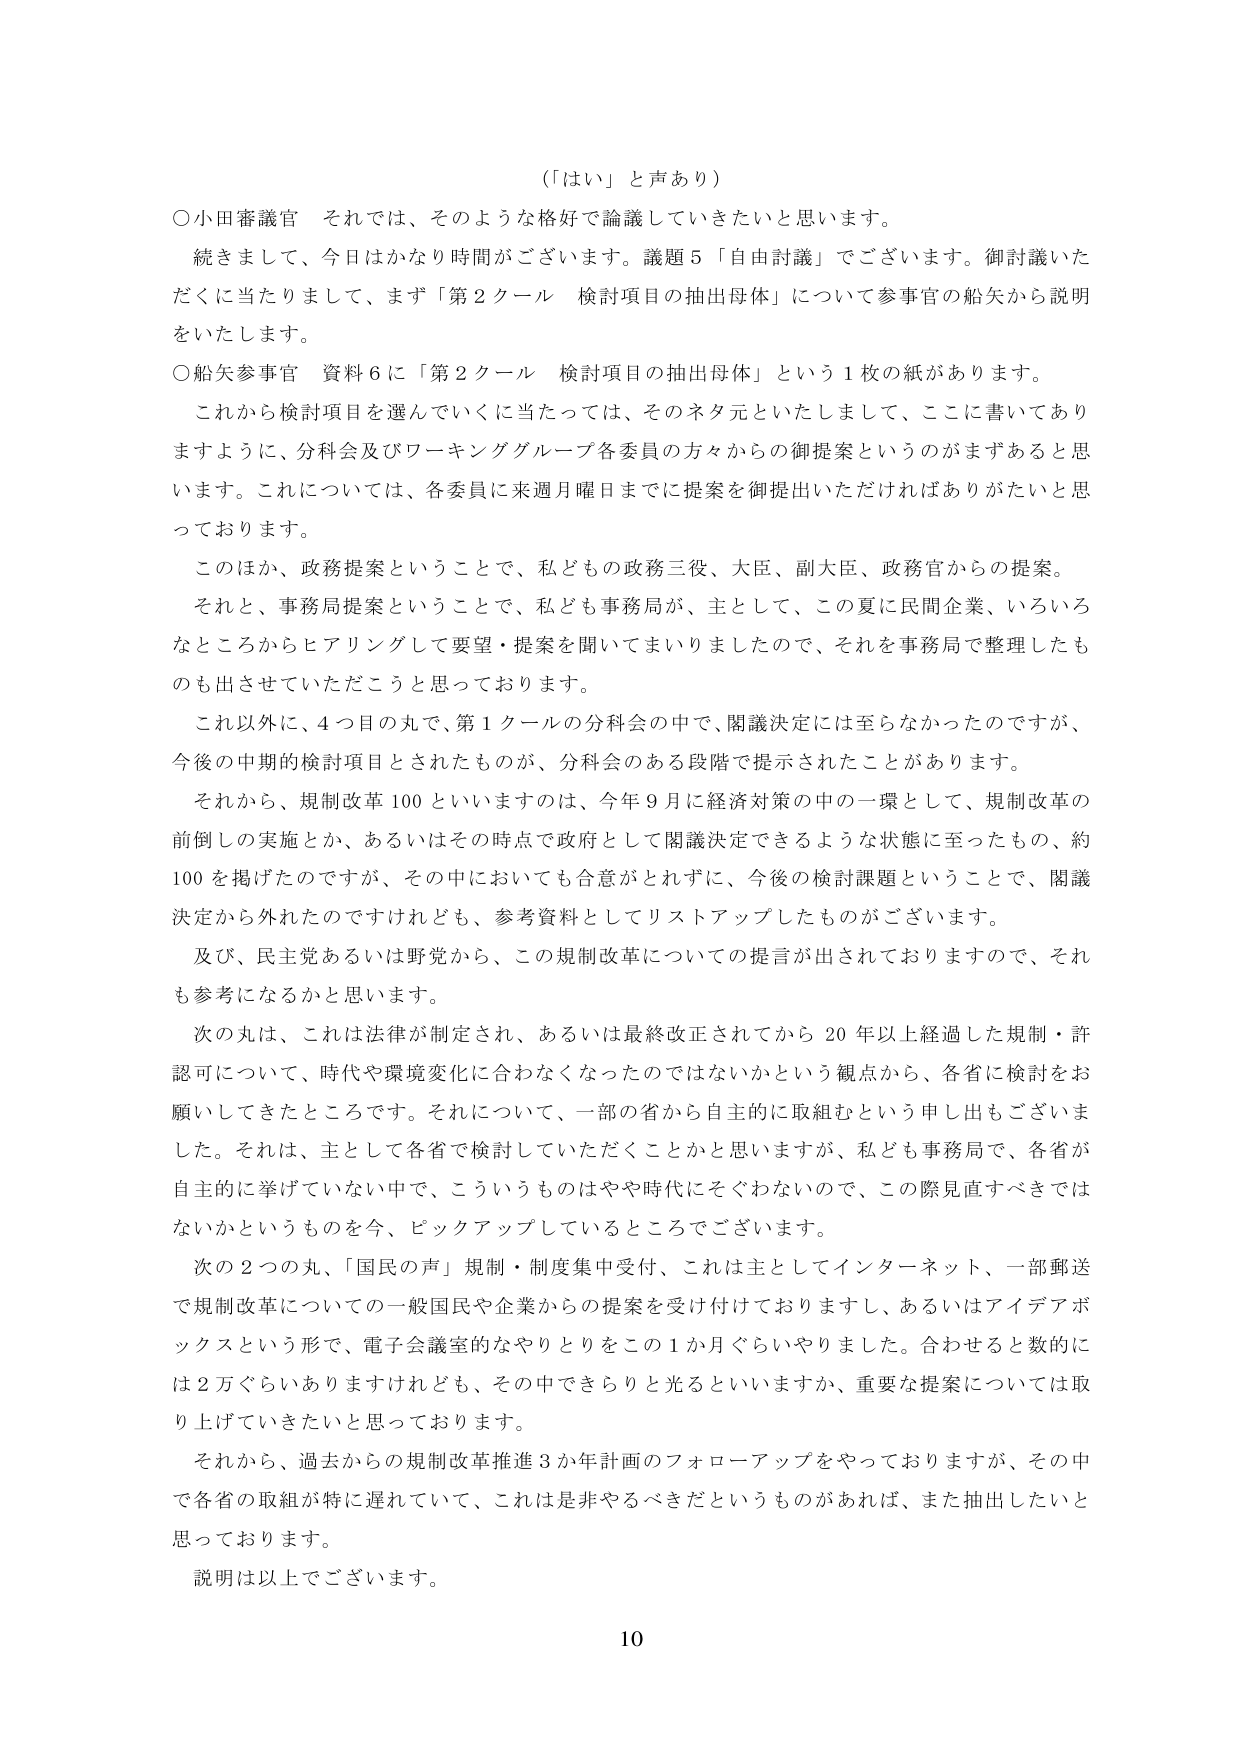
（「はい」と声あり）

○小田審議官　それでは、そのような格好で論議していきたいと思います。
　続きまして、今日はかなり時間がございます。議題５「自由討議」でございます。御討議いただくに当たりまして、まず「第２クール　検討項目の抽出母体」について参事官の船矢から説明をいたします。

○船矢参事官　資料６に「第２クール　検討項目の抽出母体」という１枚の紙があります。
　これから検討項目を選んでいくに当たっては、そのネタ元といたしまして、ここに書いてありますように、分科会及びワーキンググループ各委員の方々からの御提案というのがまずあると思います。これについては、各委員に来週月曜日までに提案を御提出いただければありがたいと思っております。

　このほか、政務提案ということで、私どもの政務三役、大臣、副大臣、政務官からの提案。
　それと、事務局提案ということで、私ども事務局が、主として、この夏に民間企業、いろいろなところからヒアリングして要望・提案を聞いてまいりましたので、それを事務局で整理したものを出させていただくと思っております。

　これ以外に、４つ目の丸で、第１クールの分科会の中で、閣議決定には至らなかったのですが、今後の中期的検討項目とされたものが、分科会のある段階で提示されたことがあります。

　それから、規制改革100といいますのは、今年９月に経済対策の中の一環として、規制改革の前倒しの実施とか、あるいはその時点で政府として閣議決定できるような状態に至ったもの、約100を掲げたのですが、その中においても合意がとれずに、今後の検討課題ということで、閣議決定から外れたのですけれども、参考資料としてリストアップしたものがございます。

　及び、民主党あるいは野党から、この規制改革についての提言が出されておりますので、それも参考になるかと思います。

　次の丸は、これは法律が制定され、あるいは最終改正されてから20年以上経過した規制・許認可について、時代や環境変化に合わなくなったのではないかという観点から、各省に検討をお願いしてきたところです。それについて、一部の省から自主的に取組むという申し出もございました。それは、主として各省で検討していただくことかと思いますが、私ども事務局で、各省が自主的に挙げていない中で、こういうものはやや時代にそぐわないのでは、この際見直すべきではないかというものを今、ピックアップしているところでございます。

　次の２つの丸、「国民の声」規制・制度集中受付、これは主としてインターネット、一部郵送で規制改革についての一般国民や企業からの提案を受け付けておりますし、あるいはアイデアボックスという形で、電子会議室的なやりとりをこの１か月ぐらいやりました。合わせると数的には２万ぐらいありますけれども、その中できちりと光るといいますか、重要な提案については取り上げていきたいと思っております。

　それから、過去からの規制改革推進３か年計画のフォローアップをやっておりますが、その中で各省の取組が特に遅れていて、これは是非やるべきだというものがあれば、また抽出したいと思っております。

　説明は以上でございます。

10